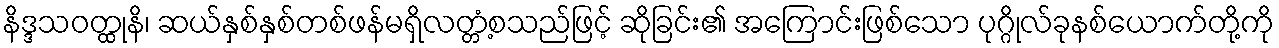
နိဒ္ဒသဝတ္ထုနိ၊ ဆယ်နှစ်နှစ်တစ်ဖန်မရှိလတ္တံ့စသည်ဖြင့် ဆိုခြင်း၏ အကြောင်းဖြစ်သော ပုဂ္ဂိုလ်ခုနစ်ယောက်တို့ကို